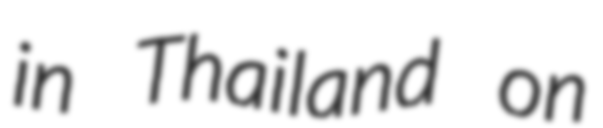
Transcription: in Thailand on